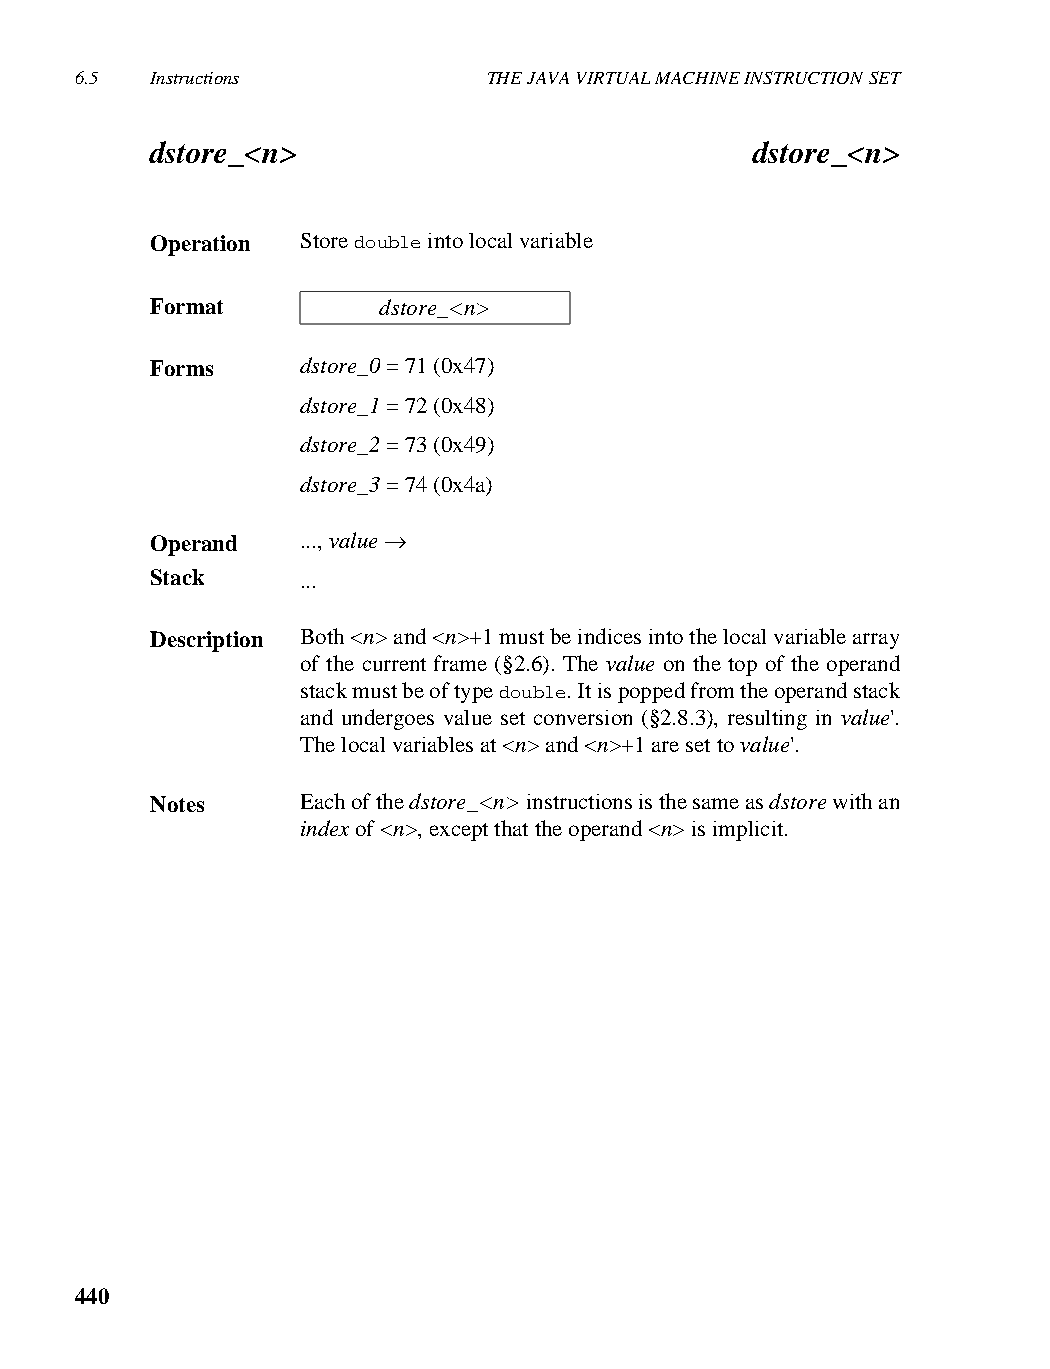
6.5  Instructions          THE JAVA VIRTUAL MACHINE INSTRUCTION SET
 dstore_<n>                              dstore_<n>
 Operation Store double into local variable
 Format         dstore_<n>
 Forms     dstore_0 = 71 (0x47)
 dstore_1 = 72 (0x48)
 dstore_2 = 73 (0x49)
 dstore_3 = 74 (0x4a)
 Operand   ..., value →
 Stack     ...
 Description Both <n> and <n>+1 must be indices into the local variable array
 of the current frame (§2.6). The value on the top of the operand
 stack must be of type double. It is popped from the operand stack
 and undergoes value set conversion (§2.8.3), resulting in value'.
 The local variables at <n> and <n>+1 are set to value'.
 Notes     Each of the dstore_<n> instructions is the same as dstore with an
 index of <n>, except that the operand <n> is implicit.
 440